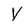
Character: Y